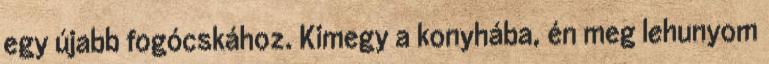
egy újabb fogócskához. Kimegy a konyhába, én meg lehunyom